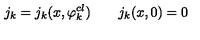
j _ { k } = j _ { k } ( x , \varphi _ { k } ^ { c l } ) \qquad j _ { k } ( x , 0 ) = 0